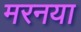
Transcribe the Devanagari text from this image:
मरनया